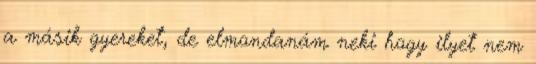
a másik gyereket, de elmondanám neki hogy ilyet nem